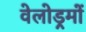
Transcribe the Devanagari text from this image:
वेलोड्रमों